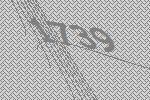
1739